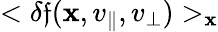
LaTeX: <\delta\mathfrak{f}({\mathbf{x}},v_{\parallel},v_{\perp})>_{\mathbf{x}}